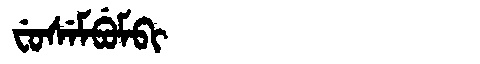
Manchu: ᠸᡠᠰᡝᠮᠪᡠᠮᠪᡳ
Romanization: FUSEMBUMBI